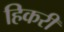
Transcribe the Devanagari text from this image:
हिकरी